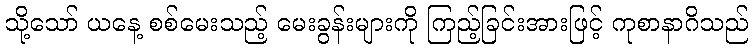
သို့သော် ယနေ့ စစ်မေးသည့် မေးခွန်းများကို ကြည့်ခြင်းအားဖြင့် ကုစာနာဂိသည်